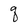
Character: q